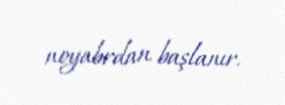
noyabrdan başlanır.